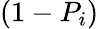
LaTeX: (1-P_{i})